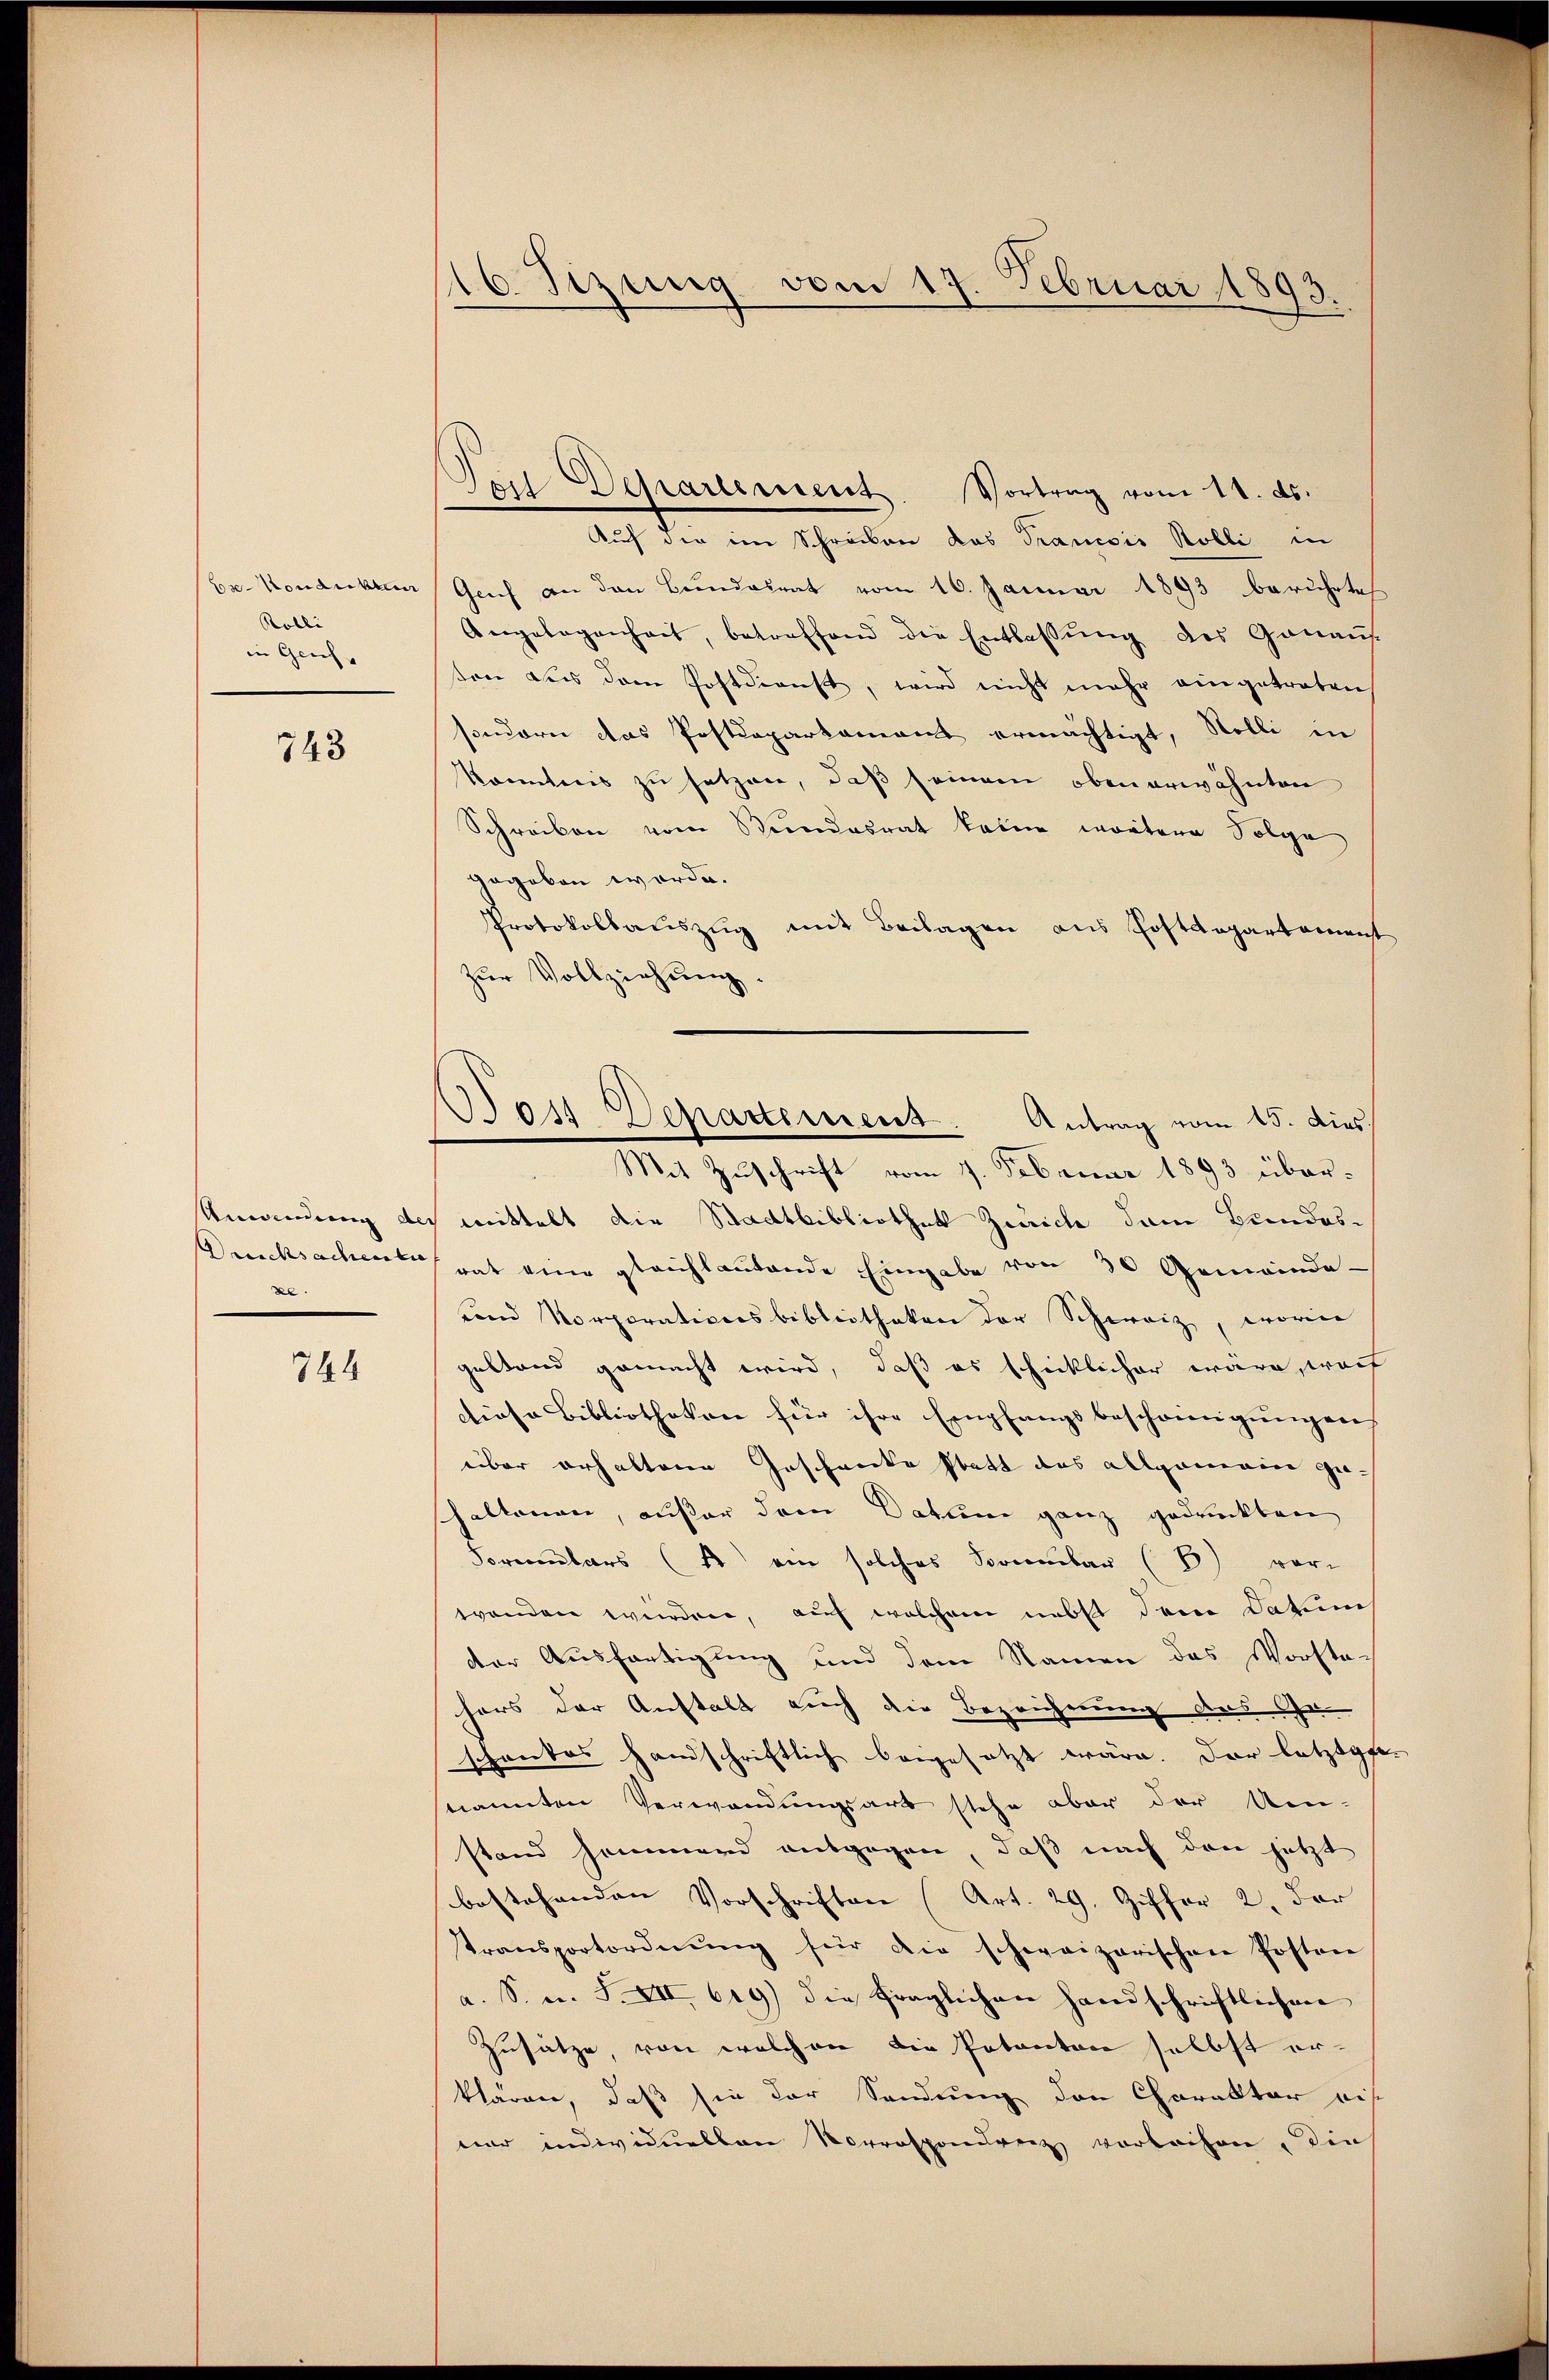
Ce-Kondukten
Robli
in Geich

743

Umändung der
Drucksachen die
ze.

744

16. Sezung vom 17. Februar 1893.

Dos Departemens
Antrag vom 15. dies
Mit Zuschrift vom 7. Februar 1893 über¬

Lois Departement. Vortrag vom 11. ds.
Auf die im Schreiben das Trancois Rölli in
Geich an den Bundesrat vom 16. Januar 1893 berührte
Angelegenheit, betreffend die Entlassŭng des Ganaŭs
ton aus dem Postdienst, wird nicht mehr eingetreten
sondern das Postdeparkament ermächtigt, Wolli in
konntnis zŭ setzen, daβ seinem obenerwähnten
Schreiben vom Stundesrat keine wörtern Folge
gegeben werde.
Protokollauszug mit Beilagen aus Postdepartement
zŭr Vollziehung.
mittelt die Stadtbibliothek Zürich dem Bundesrat eine gleichlautende Eingabe von 30 Gemeinde-
und Korporationsbibliotheken der Schweiz, worine
gestand gemacht wird, daß es schicklicher wäre, warf
diese Bibliotheken für ihre Empfangsbescheinigungen
über erhaltene Geschenke statt das allgemein gehaltenen, außer dem Datum ganz gedruckten
Formŭlars (4) ein solches Bombar (B) vor-
wenden werden, auf welchem nebst dem Datum
der Ausfertigung und dem Namen das Vorstehors der Anstalt auch die Bezeichnung ausge-
schankes handschriftlich beigesetzt wäre. Der letztgesnannten Verwendungsart stehe aber der Ue-
stand hemmend entgegen, daß nach den jetzt
bestehenden Vorschriften (Art. 29. Ziffer 2. Der
transportordnŭng für die schweizerischen Posten
a. S. u. S. XIII 619) die fraglichen handschriftlichen
Zusätze, von welchen die Petenton selbst erklären, daß sie der Sendung den Charakter mit
nur individuellen Vorrespondrenz verleihen, die